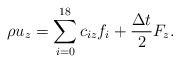
\begin{align*}\rho {u_z} = \sum\limits_{i = 0}^{18} {{c_{iz}}{f_i} + \frac{{\Delta t}}{2}{F_z}}. \end{align*}